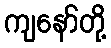
ကျနော်တို့